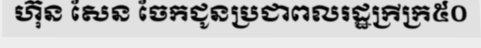
ហ៊ុន សែន ចែកជូនប្រជាពលរដ្ឋក្រីក្រ៥០